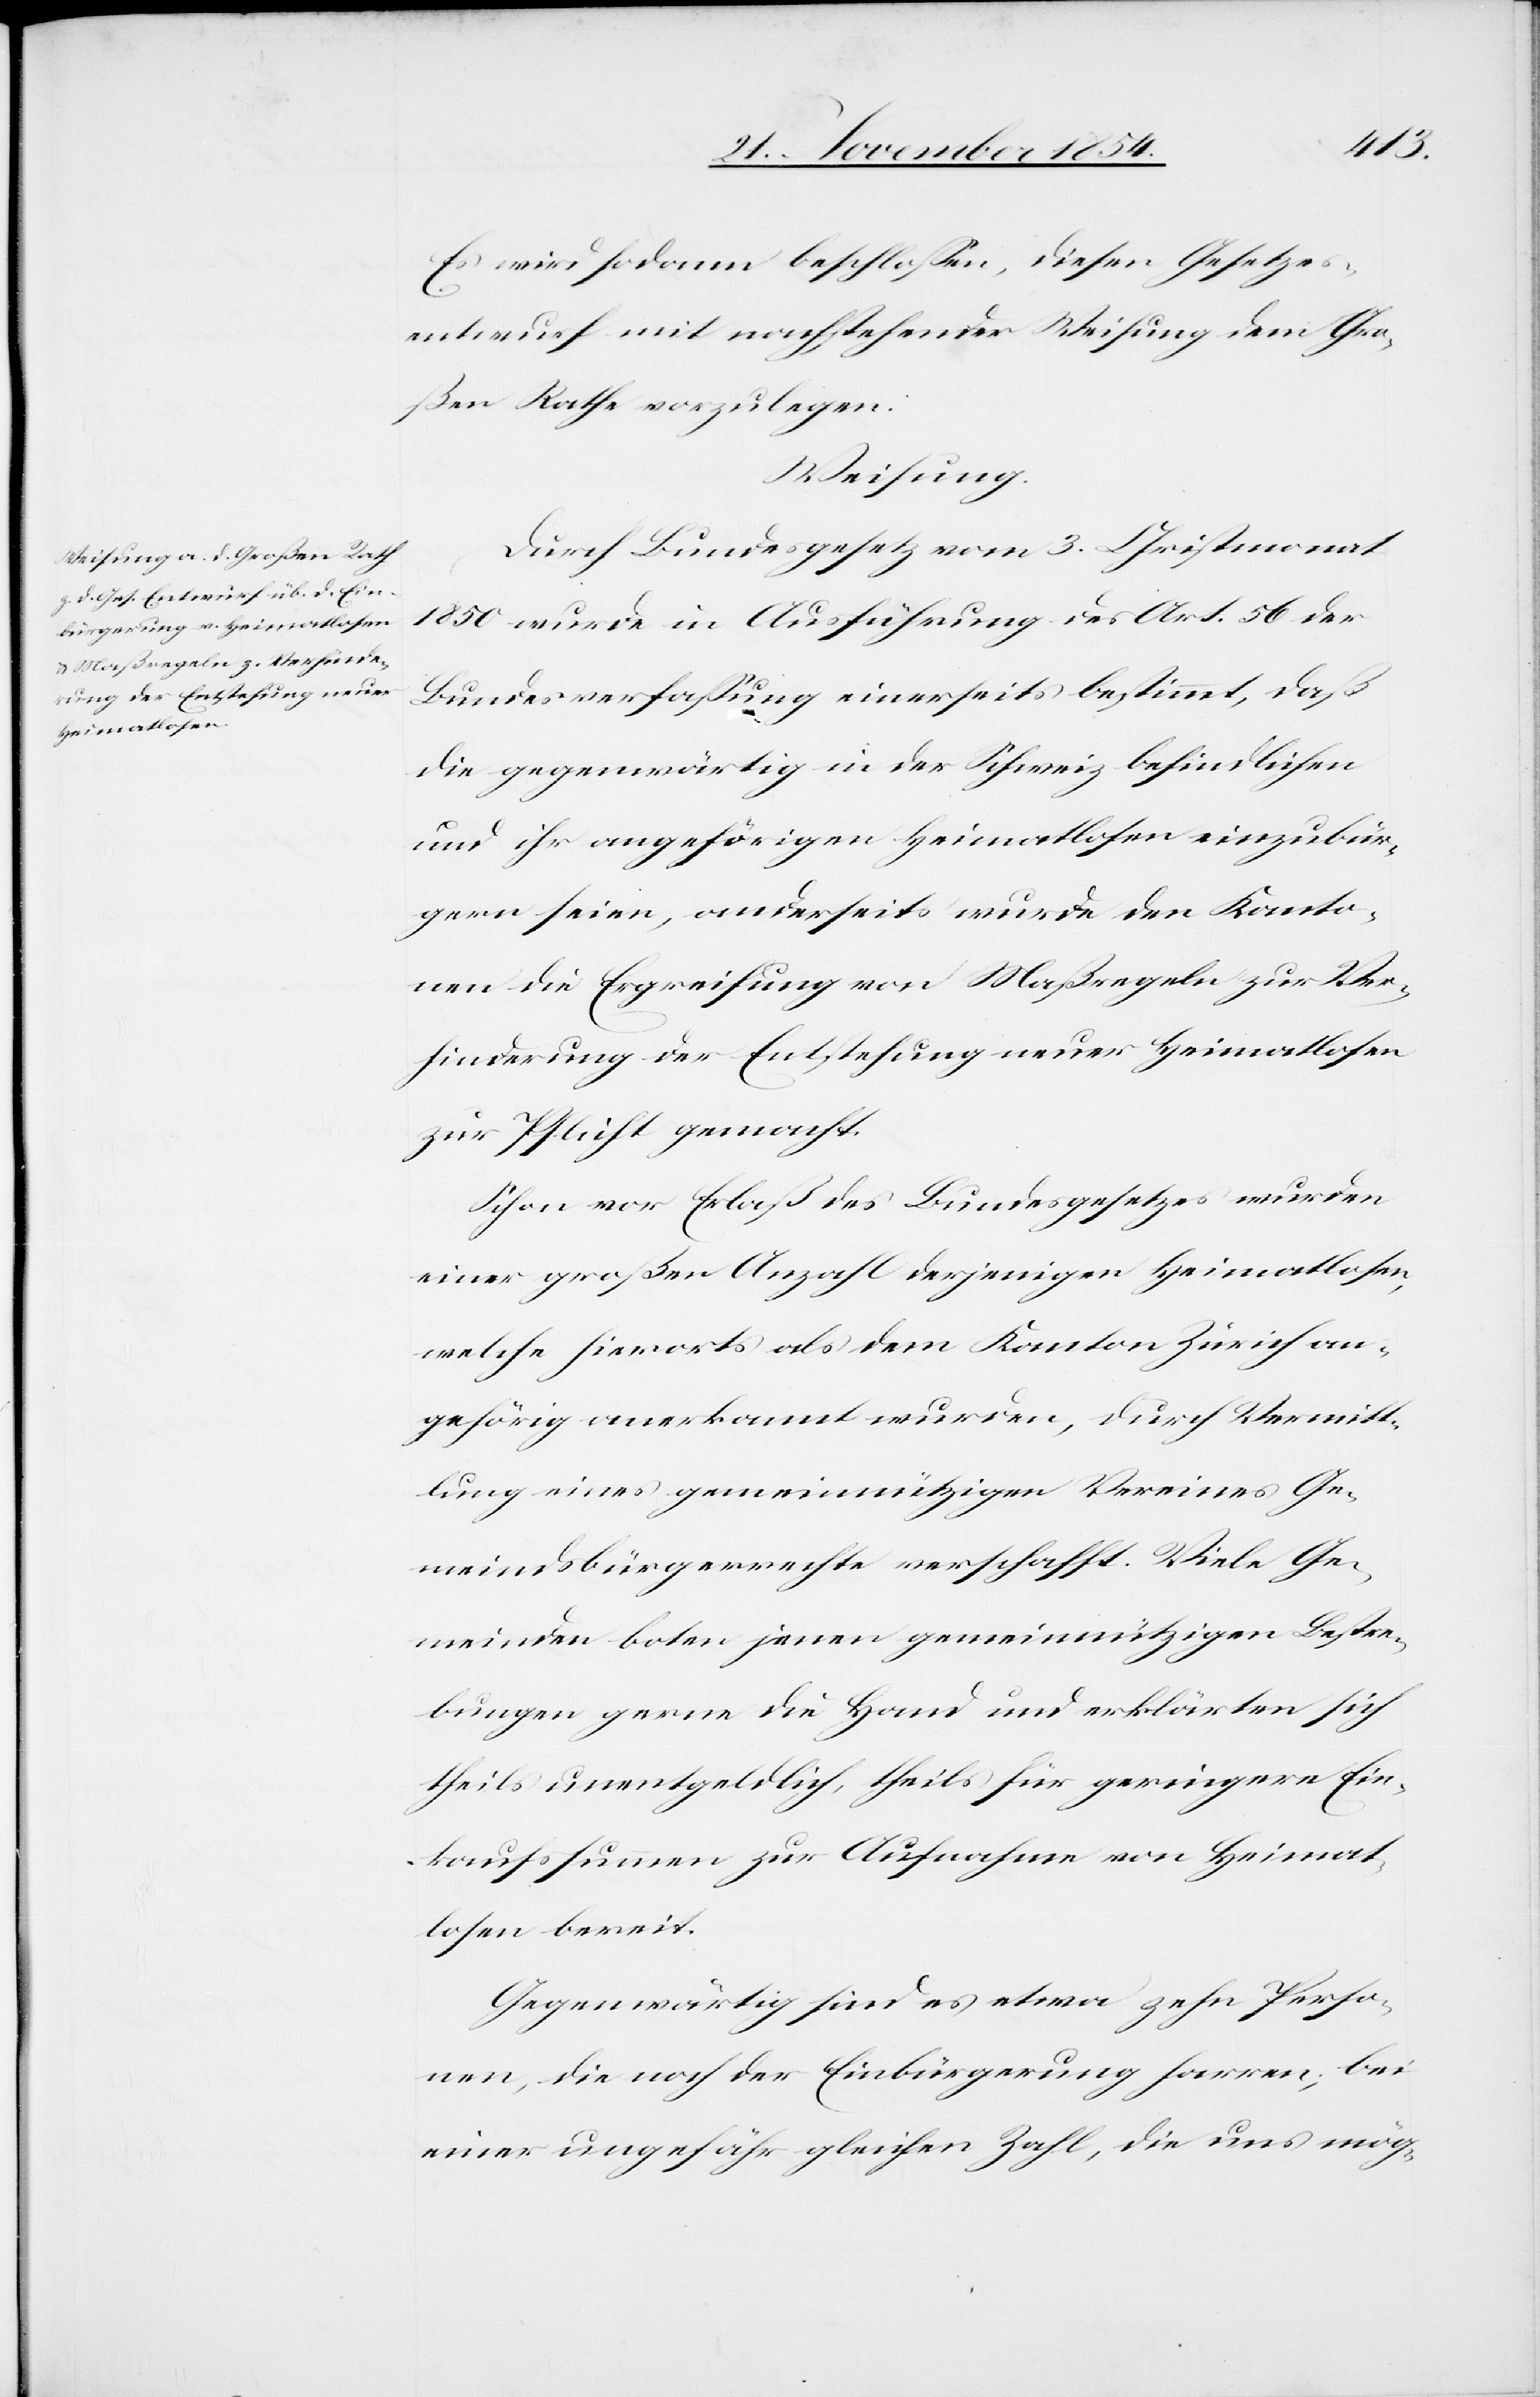
Es wird sodann beschloßen, diesen Gesetzes¬
entwurf mit nachstehender Weisung dem Gro¬
ßen Rathe vorzulegen.
Weisung.
Durch Bundesgesetz vom 3. Christmonat
1850 wurde in Ausführung des Art. 56 der
Bundesverfaßung einerseits bestimmt, daß
die gegenwärtig in der Schweiz befindlichen
und ihr angehörigen Heimatlosen einzubür¬
gern seien, anderseits wurde den Kanto¬
nen die Ergreifung von Maßregeln zur Ver¬
hinderung der Entstehung neuer Heimatlosen
zur Pflicht gemacht.
Schon vor Erlaß des Bundesgesetzes wurden
einer großen Anzahl derjenigen Heimatlosen,
welche hierorts als dem Kanton Zürich an¬
gehörig anerkannt wurde, durch Vermitt¬
lung eines gemeinnützigen Vereines Ge¬
meindsbürgerrechte verschafft. Viele Ge¬
meinden boten jenen gemeinnnützigen Bestre¬
bungen gerne die Hand und erklärten sich
theils unentgeldlich, theils für geringere Ein¬
kaufssumme zur Aufnahme von Heimat¬
losen bereit.
Gegenwärtig sind es etwa zehn Perso¬
nen, die noch der Einbürgerung harren; bei
einer ungefähr gleichen Zahl, die uns mög-